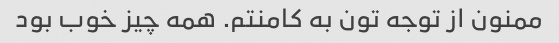
ممنون از توجه تون به کامنتم. همه چیز خوب بود